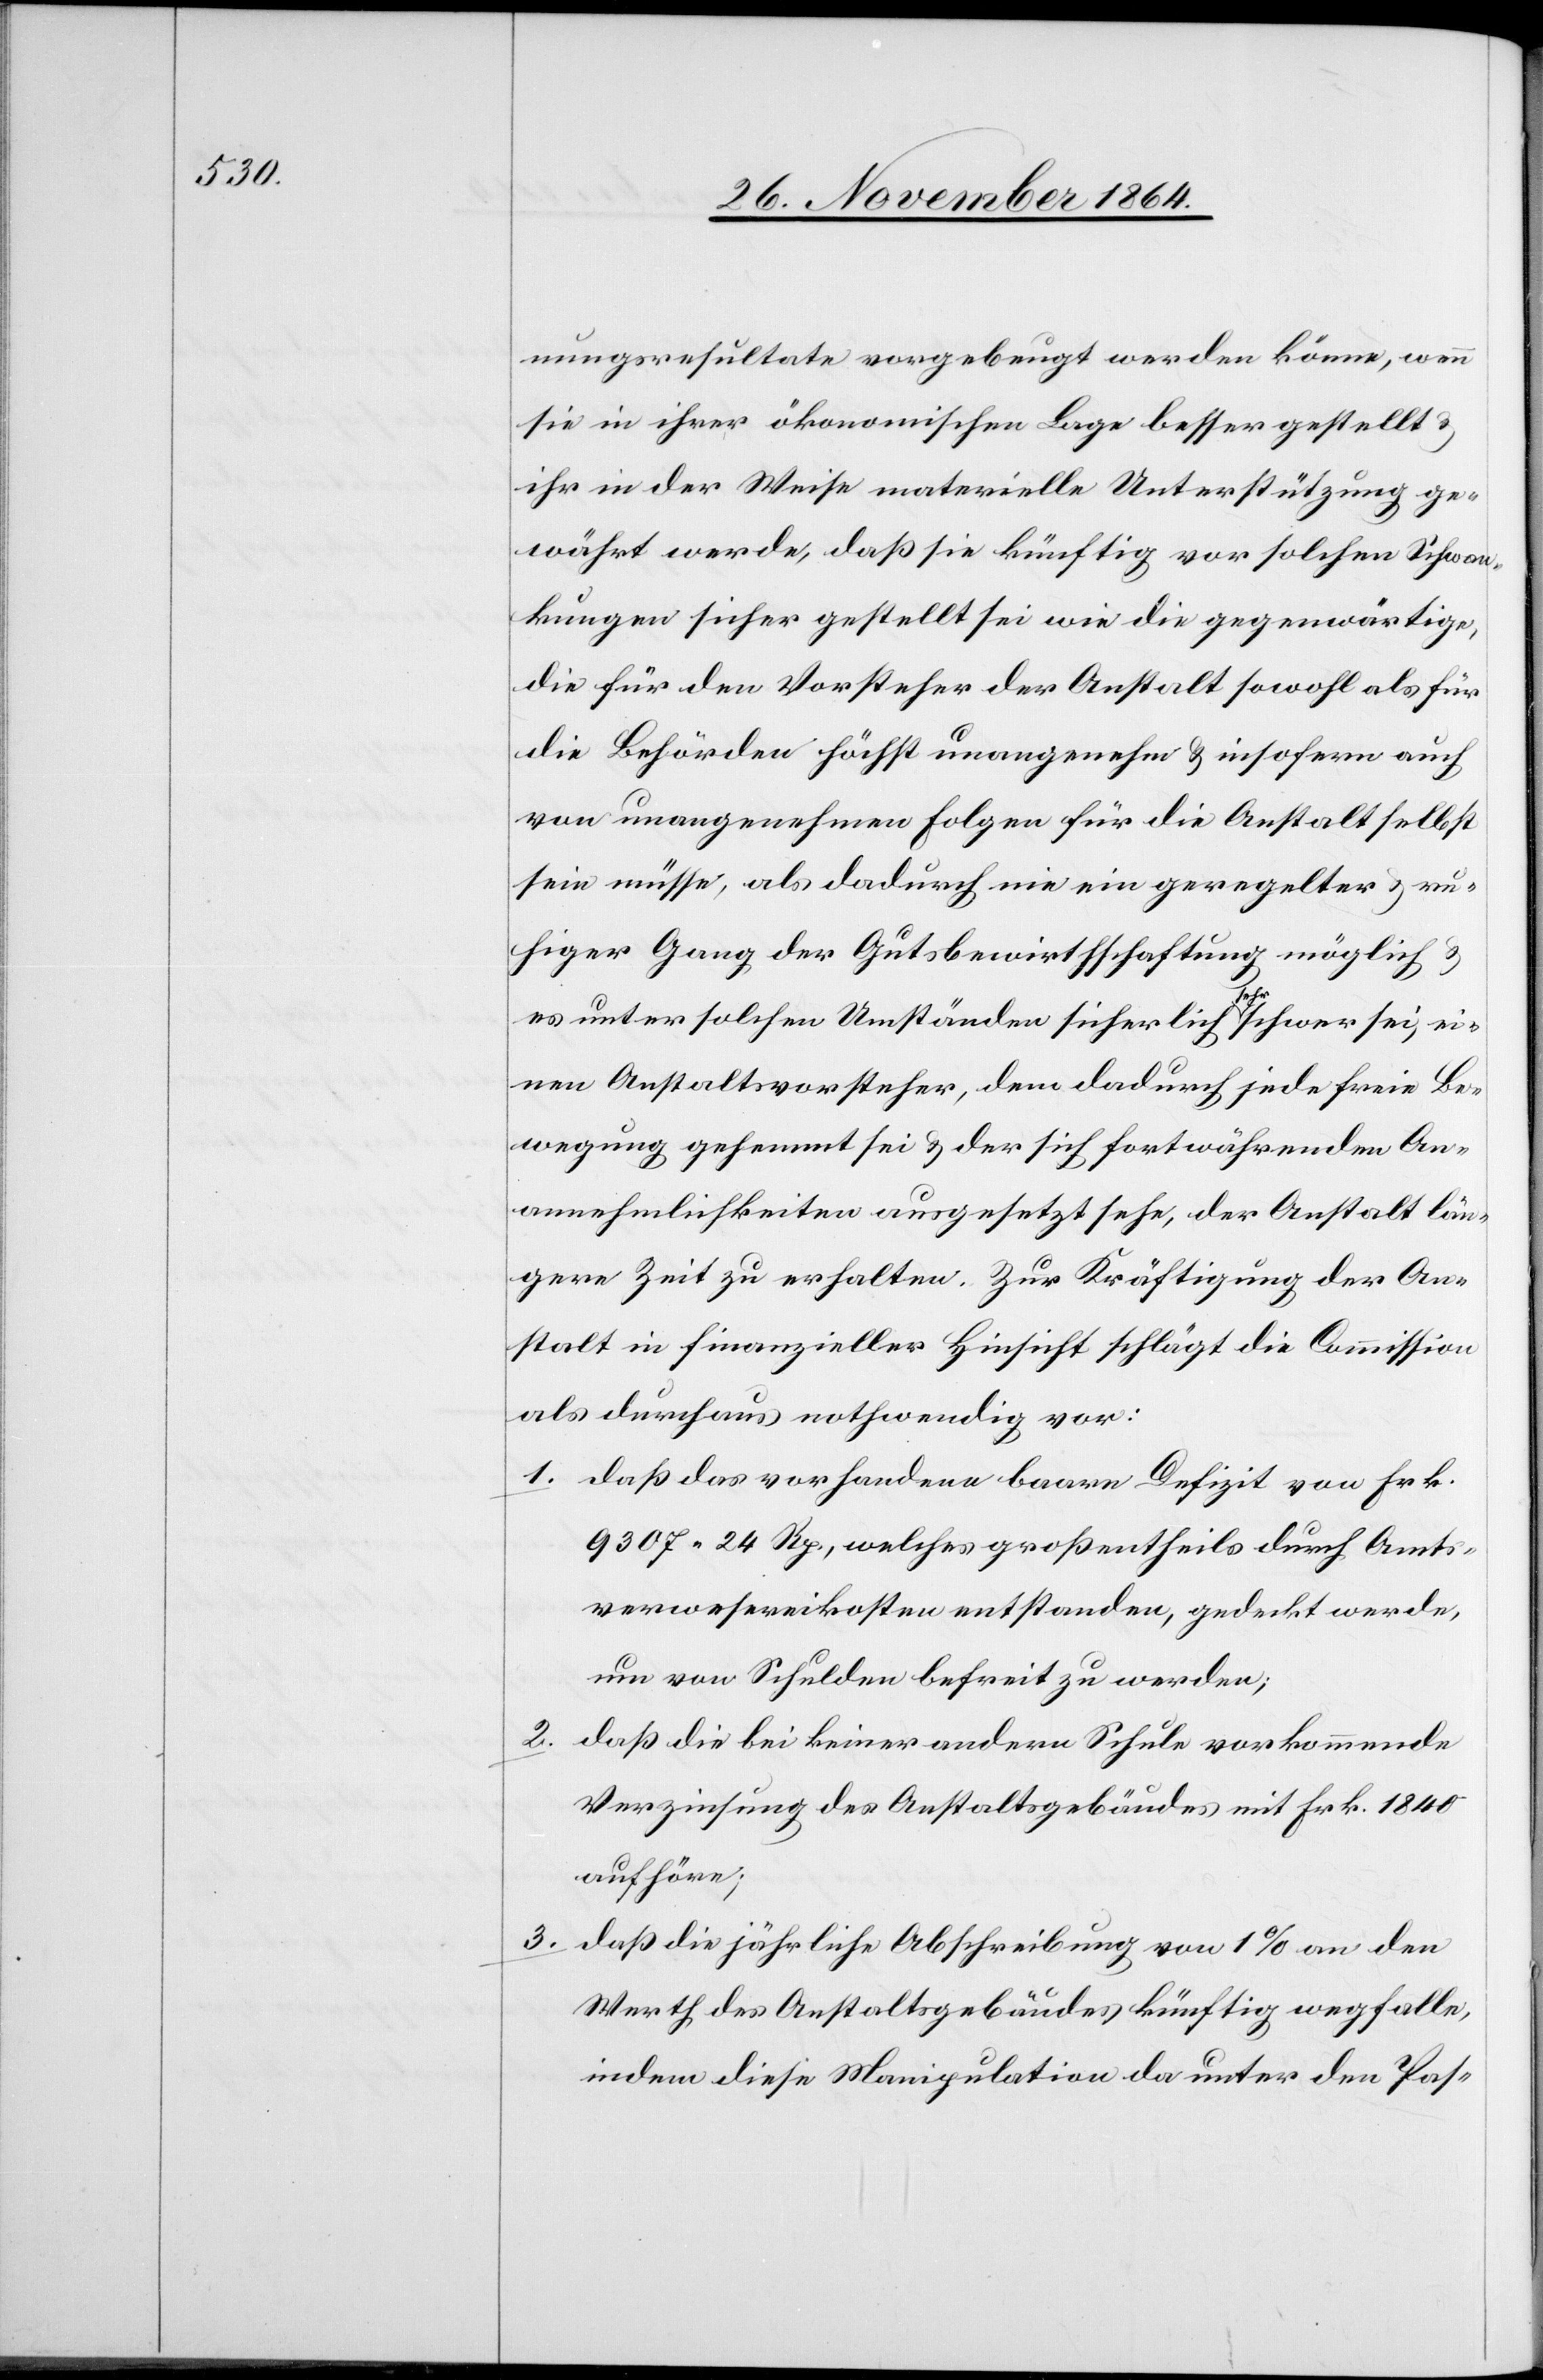
nungsresultate vorgebeugt werden könne, wenn
sie in ihrer ökonomischen Lage besser gestellt &
ihr in der Weise materielle Unterstützung ge¬
währt werde, daß sie künftig vor solchen Schwan¬
kungen sicher gestellt sei wie die gegenwärtige,
die für den Vorsteher der Anstalt sowohl als für
die Behörden höchst unangenehm & insofern auch
von unangenehmen Folgen für die Anstalt selbst
sein müsse, als dadurch nie ein geregelter & ru¬
higer Gang der Gutsbewirthschaftung möglich &
es unter solchen Umständen sicherlich a-sehr-a schwer sei, ei¬
nen Anstaltsvorsteher, dem dadurch jede freie Be¬
wegung gehemmt sei & der sich fortwährenden An¬
annehmlichkeiten [recte: Unannehmlichkeiten] ausgesetzt sehe, der Anstalt län¬
gere Zeit zu erhalten. Zur Kräftigung der An¬
stalt in finanzieller Hinsicht schlägt die Commission
als durchaus nothwendig vor:
1. daß das vorhandene baare Defizit von Frk.
9307.24 Rp., welches großentheils durch Amts¬
verwesereikosten entstanden, gedeckt werde,
um von Schulden befreit zu werden;
2. daß die bei keiner andern Schule vorkommende
Verzinsung des Anstaltsgebäudes mit Frk. 2840
aufhöre;
3.
daß die jährliche Abschreibung von 1% an den
Werth des Anstaltsgebäudes künftig wegfalle,
indem diese Manipulation da unter den Pas-